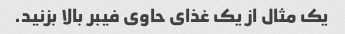
یک مثال از یک غذای حاوی فیبر بالا بزنید.